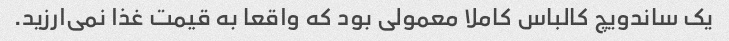
یک ساندویچ کالباس کاملا معمولی بود که واقعا به قیمت غذا نمی‌ارزید.